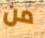
من